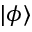
| \phi \rangle